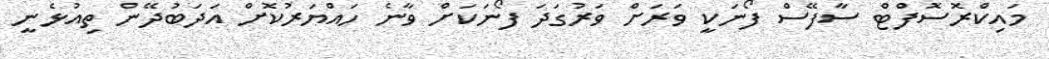
މައިކްރޮސޮފްޓް ސާފޭސް ފޯނަކީ ވަރަށް ވަރުގަދަ ފޯނަކަށް ވާނެ ހައްޔަރުކޮށް އަދަބުދޭން ތިއުޅެނީ